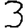
Digit: 3